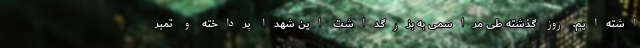
اشته‌ایم. روز گذشته طی مراسمی به بزرگداشت این شهدا پرداخته و تمبر